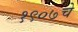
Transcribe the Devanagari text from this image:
१९०७चे